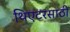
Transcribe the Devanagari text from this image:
थिएटरसाठी